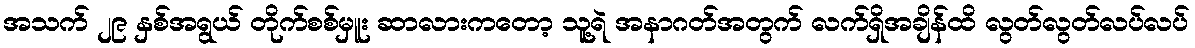
အသက် ၂၉ နှစ်အရွယ် တိုက်စစ်မှူး ဆာလားကတော့ သူ့ရဲ အနာဂတ်အတွက် လက်ရှိအချိန်ထိ လွတ်လွတ်လပ်လပ်